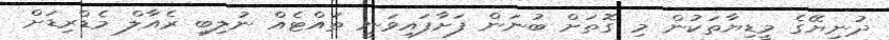
ދުނިޔޭގެ މީޑިޔާތަކުން މި ގޮތަށް ބުނަން ފަށާފައިވަނީ ތައްޓެއް ނުލިބި ރެއާލް މެޑްރިޑަށް